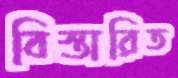
বিস্তারিত